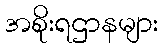
အစိုးရဌာနများ